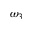
\omega _ { 3 }